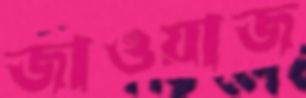
জাওয়াজ